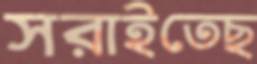
সরাইতেছ